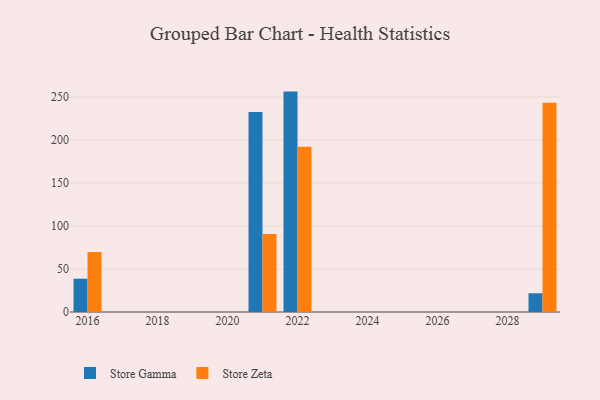
{"axis": {"x": "Year", "y": "Market Share (%)"}, "legend": ["Store Gamma", "Store Zeta"], "data": [{"x": "2016", "y": 38.7, "type": "Store Gamma"}, {"x": "2016", "y": 69.7, "type": "Store Zeta"}, {"x": "2022", "y": 256.3, "type": "Store Gamma"}, {"x": "2022", "y": 192.1, "type": "Store Zeta"}, {"x": "2021", "y": 232.7, "type": "Store Gamma"}, {"x": "2021", "y": 90.8, "type": "Store Zeta"}, {"x": "2029", "y": 21.8, "type": "Store Gamma"}, {"x": "2029", "y": 243.4, "type": "Store Zeta"}]}